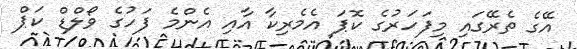
އޭގެ ތެރޭގައި މިފަހަރުގެ ކޮޕަ އެމެރިކާ އާއި އެންމެ ފަހުގެ ވޯލްޑް ކަޕް